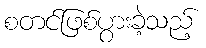
စတင်ဖြစ်ပွားခဲ့သည့်